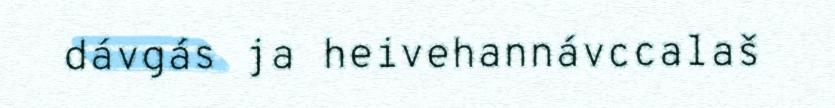
dávgás ja heivehannávccalaš